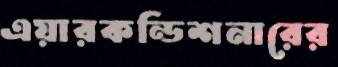
এয়ারকন্ডিশনারের